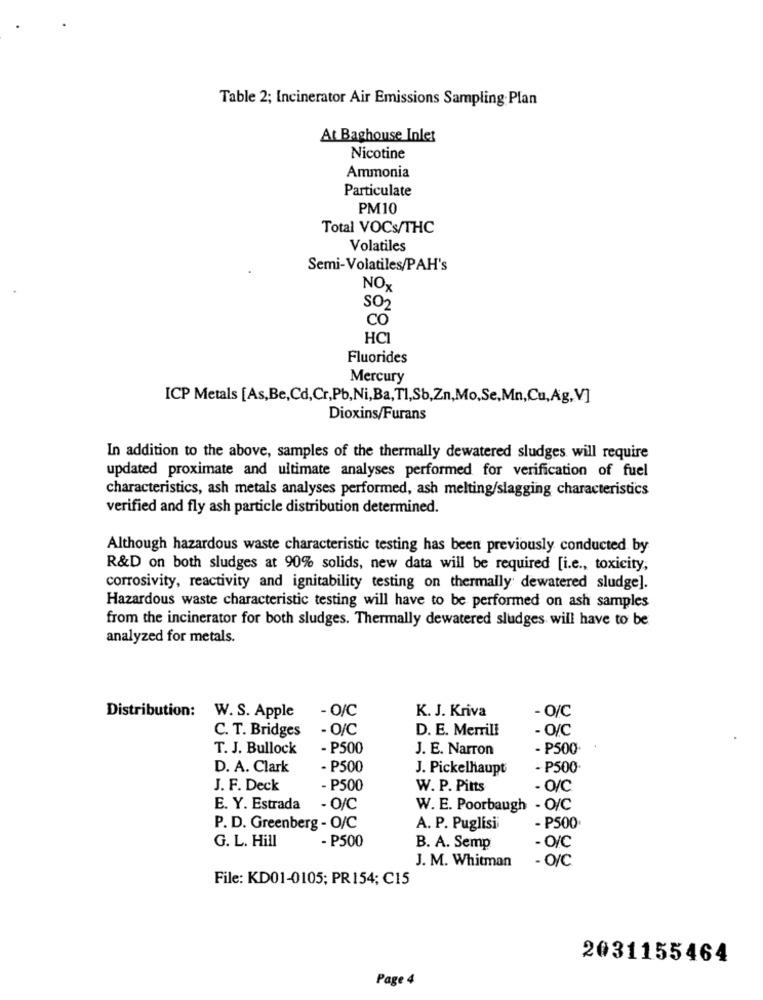
Table 2; Incinerator Air Emissions Sampling Plan
At Baghouse Inlet
Nicotine
Ammonia
Particulate
PM10
Total VOCs/THC
Volatiles
Semi-Volatiles/PAH's
NOx
SO2
CO
HCI
Fluorides
Mercury
ICP Metals [As,Be,Cd,Cr,Pb,Ni,Ba,TI,Sb,Zn,Mo,Se,Mn,Cu,Ag,V]
Dioxins/Furans
In addition to the above, samples of the thermally dewatered sludges will require
updated proximate and ultimate analyses performed for verification of fuel
characteristics, ash metals analyses performed, ash melting/slagging characteristics
verified and fly ash particle distribution determined.
Although hazardous waste characteristic testing has been previously conducted by
R&D on both sludges at 90% solids, new data will be required [i.e ., toxicity,
corrosivity, reactivity and ignitability testing on thermally dewatered sludge].
Hazardous waste characteristic testing will have to be performed on ash samples
from the incinerator for both sludges. Thermally dewatered sludges will have to be
analyzed for metals.
Distribution:
- O/C
- O/C
W. S. Apple
K. J. Kriva
C. T. Bridges
- O/C
D. E. Merrill
- O/C
T. J. Bullock
- P500
J. E. Narron
- P500
D. A. Clark
- P500
J. Pickelhaupt
- P500
J. F. Deck
- P500
W. P. Pitts
- O/C
E. Y. Estrada - O/C
W. E. Poorbaugh - O/C
P. D. Greenberg - O/C
A. P. Puglisi®
- P500
G. L. Hill
- P500
B. A. Semp
-O/C
J. M. Whitman
- O/C
File: KD01-0105; PR154; C15
2031155464
Page 4